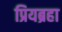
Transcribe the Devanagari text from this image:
प्रियब्रहा